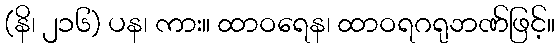
(နိ၊ ၂၁၆) ပန၊ ကား။ ထာဝရေန၊ ထာဝရဂရုဘဏ်ဖြင့်။